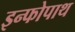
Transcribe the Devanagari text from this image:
इन्फोपाथ